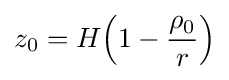
z_{0}=H{\Big (}1-{\rho _{0} \over r}{\Big )}